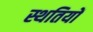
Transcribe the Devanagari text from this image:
स्थतियों